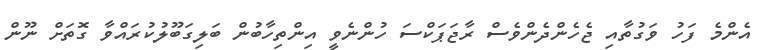
އެންމެ ފަހު ވަގުތާއި ޖެހެންދެންވެސް ރާޖަޕަކްސަ ހުންނެވީ އިންތިހާބުން ބަލިގަބޫލުކުރައްވާ ގޮތަށް ނޫން